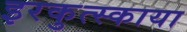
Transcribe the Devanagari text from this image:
इरकुत्स्काया